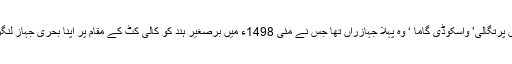
اسی زمانے میں پرتگالی’ واسکوڈی گاما ‘ وہ پہلا جہازراں تھا جس نے مئی 1498ء میں برصغیر ہند کو کالی کٹ کے مقام پر اپنا بحری جہاز لنگر انداز کیا تھا ۔